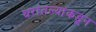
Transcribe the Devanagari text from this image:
घरांतल्यांकडून